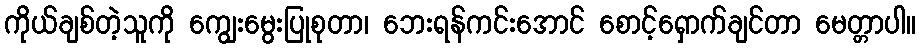
ကိုယ်ချစ်တဲ့သူကို ကျွေးမွေးပြုစုတာ၊ ဘေးရန်ကင်းအောင် စောင့်ရှောက်ချင်တာ မေတ္တာပါ။